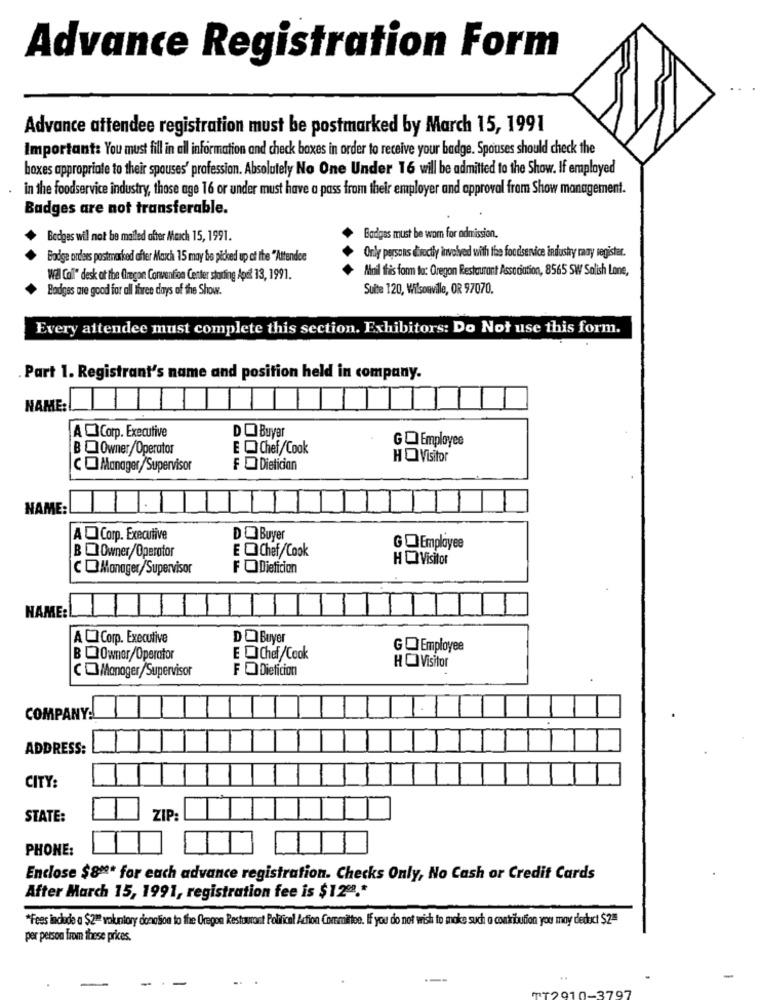
Advance Registration Form
Advance attendee registration must be postmarked by March 15, 1991
Important: You must fill in all information and check boxes in order to receive your badge. Spouses should check the
boxes appropriate to their spouses' profession. Absolutely No One Under 16 will be admitted to the Show. If employed
in the foodservice industry, those age 16 or under must have a pass fram their employer and approval from Show management.
Badges are not transferable.
Badges will not be mailed offer Meach 15, 1991.
Badges must be wom for admission.
Badge ordens postmarked after March 15 may be picked up of the "Attendee
Only persons directly involved with the foodservice industry may register.
Mmil tras form to: Oregon Restaurant Association, 8565 SW Salish Lane,
wal Call" desk of the firegon Convention Center storing Apet 13, 1991.
Badges are good for all three days of the Show.
Suite 120, Wilsonville, OR 97070.
Every attendee must complete this section. Exhibitors: Do Not use this form.
Part 1. Registrant's name and position held in company.
NAME
DO Buyer
A Corp. Executive
BQOwner/Operator
E Q Chef/Cook
GO Employee
HO Visitor
CO Manager/Supervisor
F Dietician
NAME:
AO Corp. Executive
DO Buyer
B @ Owner/Operator
GQEmployee
E @ Chef/Cook
HO Visitor
COManager/Supervisor
FODieficion
NAME:
A C Corp. Executive
DO Buyer
GQEmployee
B @Owner/Operator
EQChef/Cook
F @Dieticion
HO Visitor
COMManager/Supervisor
COMPANY:
ADDRESS:
CITY:
STATE:
ZIP:
PHONE:
Enclose $800* for each advance registration. Checks Only, No Cash or Credit Cards
After March 15, 1991, registration fee is $12ºº .*
*Fees indude a $2ªª voluntary donation to the Oregon Restaurant Political Action Committee. If you do not wish to make such a contribution you may deduct $2=
per person from these prices.
---
201
707